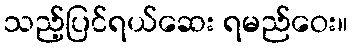
သည့်ပြင်ရယ်ဆေး ရမည်ဝေး။